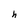
Character: h